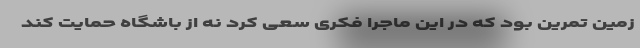
زمین تمرین بود که در این ماجرا فکری سعی کرد نه از باشگاه حمایت کند